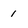
Character: 1